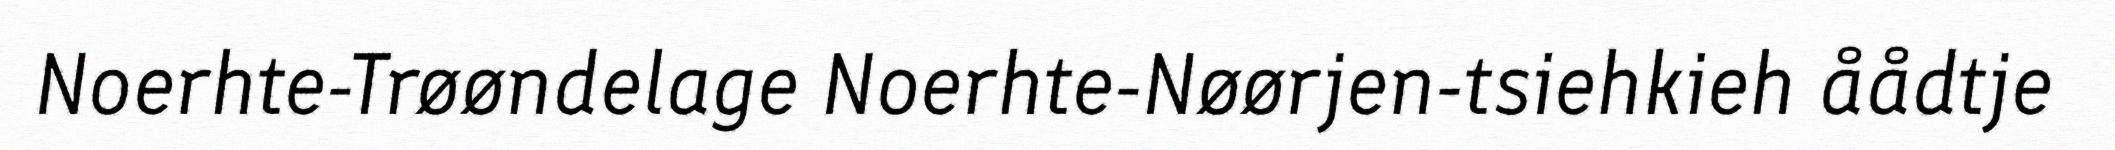
Noerhte-Trøøndelage Noerhte-Nøørjen-tsiehkieh åådtje